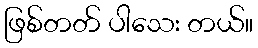
ဖြစ်တတ် ပါသေး တယ်။